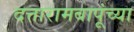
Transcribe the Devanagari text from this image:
दत्तारामबापूंच्या